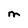
Character: M